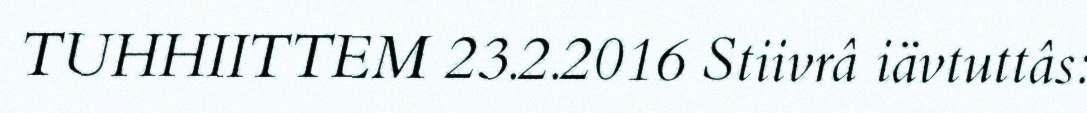
TUHHIITTEM 23.2.2016 Stiivrâ iävtuttâs: